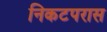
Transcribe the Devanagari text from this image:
निकटपरास